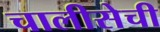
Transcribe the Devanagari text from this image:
चालीसेची